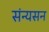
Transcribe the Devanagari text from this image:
संन्यसन